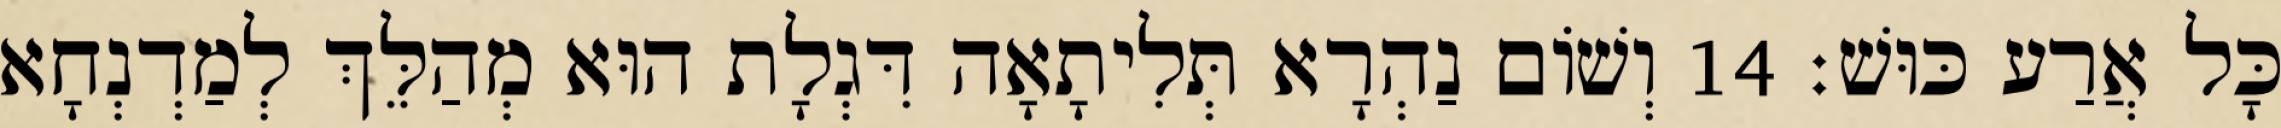
כָּל אֲרַע כּוּשׁ׃ 14 וְשׁוֹם נַהְרָא תְּלִיתָאָה דִּגְלָת הוּא מְהַלֵּךְ לְמַדְנְחָא